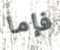
فإما